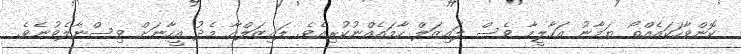
ކޮންވާހަކައެއްތޯ ޔަމާނު އަހާލީމާ ވެސް ލައިޒަލް ހާމައެއްނުކުރިއެވެ. ލައިޒަލްއާ މެދު އީހާނަށް ވިސްނާލެވުނެވެ.